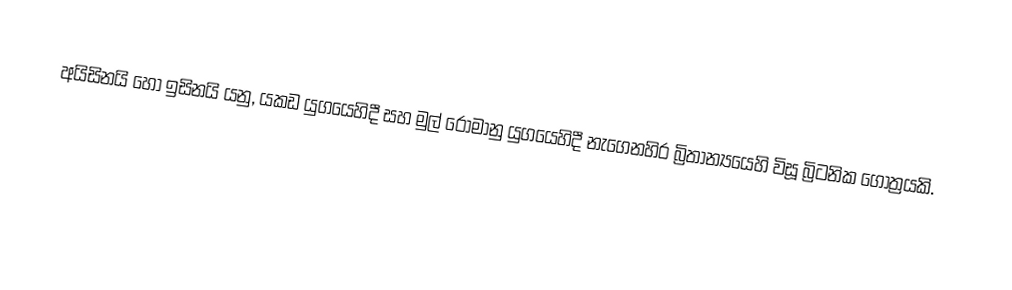
අයිසිනයි හෝ ඉසිනයි යනු,  යකඩ යුගයෙහිදී සහ මුල් රෝමානු යුගයෙහිදී නැගෙනහිර බ්‍රිතාන්‍යයෙහි විසූ බ්‍රිටනික ගෝත්‍රයකි.